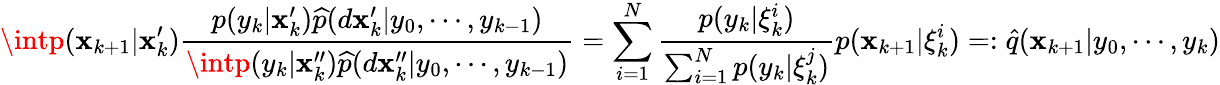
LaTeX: \intp(\mathbf{x}_{k+1}|\mathbf{x}_{k}^{\prime}){\frac{{p(y_{k}|\mathbf{x}_{k}^{\prime}){\widehat{{p}}}(d\mathbf{x}_{k}^{\prime}|y_{0},\cdots,y_{k-1})}}{{\intp(y_{k}|\mathbf{x}_{k}^{\prime\prime}){\widehat{{p}}}(d\mathbf{x}_{k}^{\prime\prime}|y_{0},\cdots,y_{k-1})}}}=\sum_{i=1}^{N}{\frac{{p(y_{k}|\xi_{k}^{i})}}{{\sum_{i=1}^{N}p(y_{k}|\xi_{k}^{j})}}}p(\mathbf{x}_{k+1}|\xi_{k}^{i})=:{\widehat{{q}}}(\mathbf{x}_{k+1}|y_{0},\cdots,y_{k})